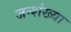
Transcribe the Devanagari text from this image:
जन्शंख्या